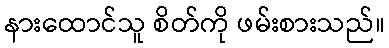
နားထောင်သူ စိတ်ကို ဖမ်းစားသည်။